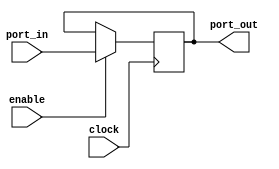
module PC(
    input enable,
    input [31:0] port_in,
    input clock,
    output reg [31:0] port_out
);
initial begin
  port_out = 32'h0000_0000;
end
always @(posedge clock) begin
   if(enable) begin
     port_out <= port_in;
    end
end
endmodule